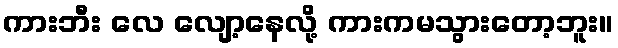
ကားဘီး လေ လျော့နေလို့ ကားကမသွားတော့ဘူး။